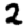
Digit: 2